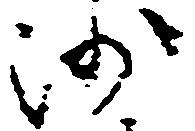
沙